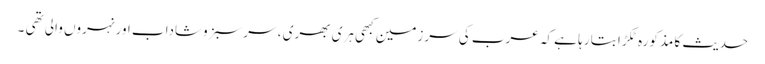
حدیث کا مذکورہ ٹکڑا بتا رہا ہے کہ عرب کی سرزمین کبھی ہری بھری ، سرسبزوشاداب اور نہروں والی تھی ۔